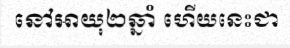
នៅអាយុ២ឆ្នាំ ហើយនេះជា